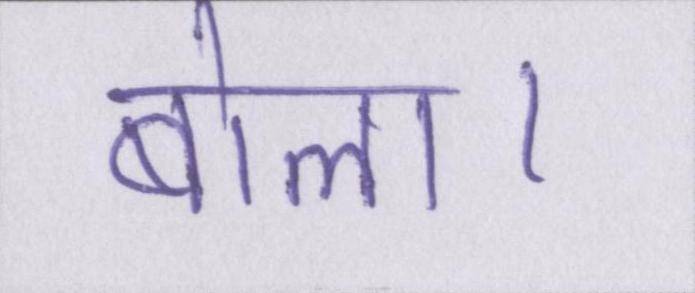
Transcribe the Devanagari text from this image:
बोला।